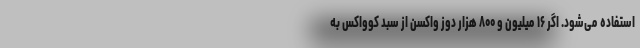
استفاده می‌شود. اگر ۱۶ میلیون و ۸۰۰ هزار دوز واکسن از سبد کوواکس به